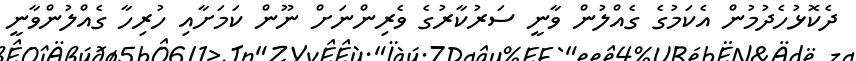
ދެކޮޅުހެދުމުން އެކަމުގެ ގެއްލުން ވާނީ ސަރުކާރުގެ ވެރިންނަށް ނޫން ކަމަށާއި ހުރިހާ ގެއްލުންވާނީ